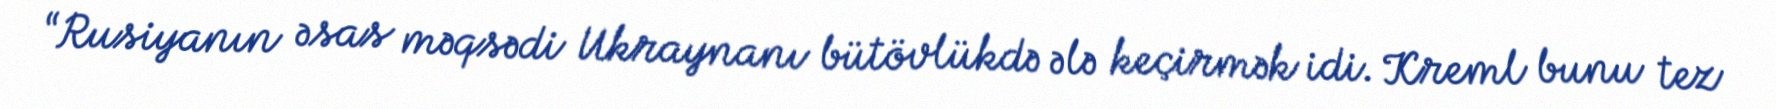
“Rusiyanın əsas məqsədi Ukraynanı bütövlükdə ələ keçirmək idi. Kreml bunu tez